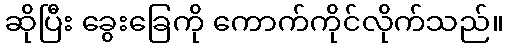
ဆိုပြီး ခွေးခြေကို ကောက်ကိုင်လိုက်သည်။